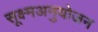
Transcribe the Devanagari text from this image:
सूक्ष्मअनुयोजन